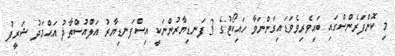
މި ކޮންފަރެންސްގައި ބައިވެރިވެވަޑައިގަންނަވާ ހައިކޯޓުގެ 3 ފަނޑިޔާރުންނަކީ އިސްފަނޑިޔާރު އަލްއުސްތާޛު އަޙްމަދު ޝަރީފު